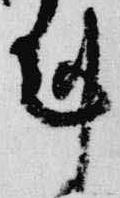
剋